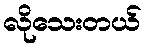
လိုသေးတယ်